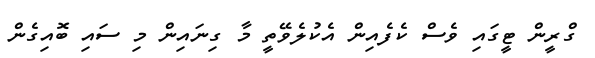
ގްރީން ޓީގައި ވެސް ކެފެއިން އެކުލެވޭތީ މާ ގިނައިން މި ސައި ބޮއިގެން